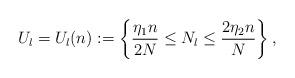
LaTeX: \begin{align*}U_l = U_l(n) := \left\{\frac{\eta_1 n}{2N} \leq N_l \leq \frac{2\eta_2 n}{N}\right\},\end{align*}